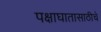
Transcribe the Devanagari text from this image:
पक्षाघातासाठीचे